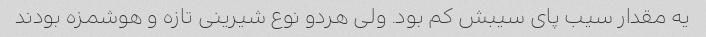
یه مقدار سیب پای سیبش کم بود. ولی هردو نوع شیرینی تازه و هوشمزه بودند